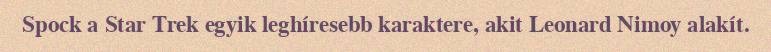
Spock a Star Trek egyik leghíresebb karaktere, akit Leonard Nimoy alakít.